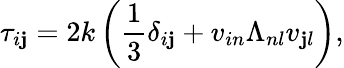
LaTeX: \tau_{i\mathbf{j}}=2k\left(\frac{{1}}{{3}}\delta_{i\mathbf{j}}+v_{in}\Lambda_{nl}v_{\mathbf{j}l}\right),